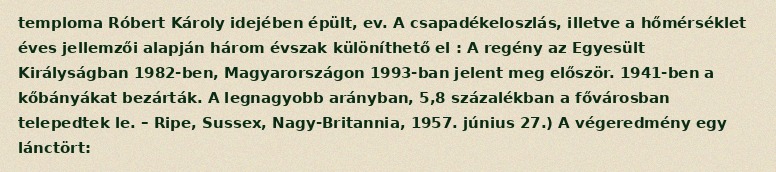
temploma Róbert Károly idejében épült, ev. A csapadékeloszlás, illetve a hőmérséklet éves jellemzői alapján három évszak különíthető el : A regény az Egyesült Királyságban 1982-ben, Magyarországon 1993-ban jelent meg először. 1941-ben a kőbányákat bezárták. A legnagyobb arányban, 5,8 százalékban a fővárosban telepedtek le. – Ripe, Sussex, Nagy-Britannia, 1957. június 27.) A végeredmény egy lánctört: